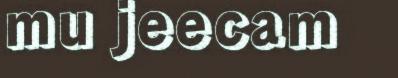
mu jeecam